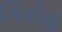
ગિરોહ